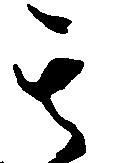
其